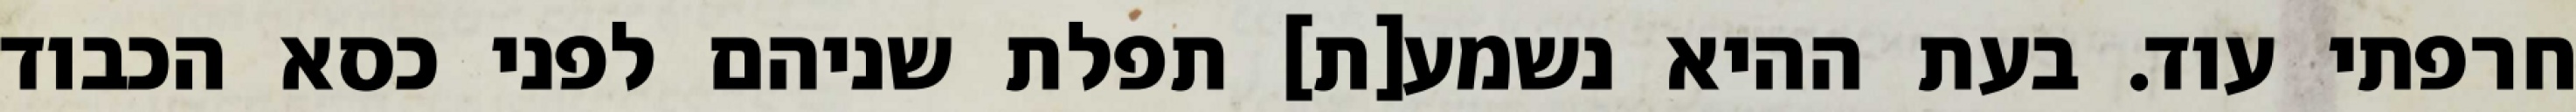
חרפתי עוד. בעת ההיא נשמע[ת] תפלת שניהם לפני כסא הכבוד